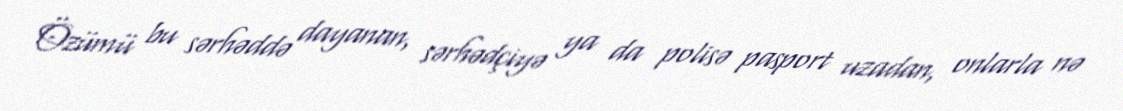
Özümü bu sərhəddə dayanan, sərhədçiyə ya da polisə pasport uzadan, onlarla nə